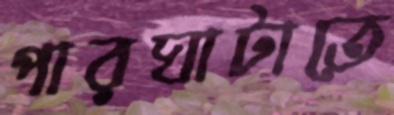
পারঘাটাতে